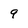
Character: 9